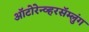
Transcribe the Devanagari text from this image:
ऑटोरेन्व्हरसॅम्लुंग